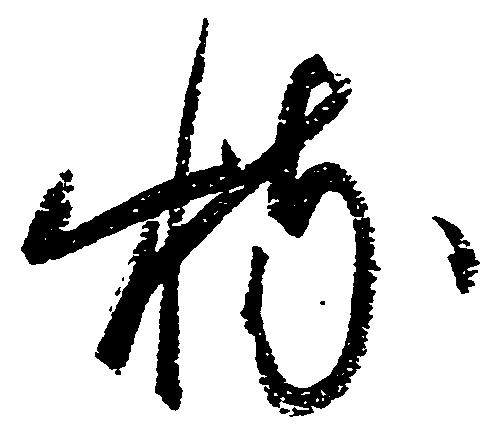
特